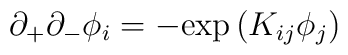
\partial_+ \partial_- \phi_i = - {\exp{(K_{ij} \phi_j)}}